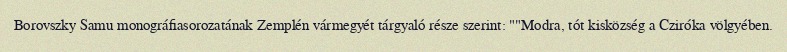
Borovszky Samu monográfiasorozatának Zemplén vármegyét tárgyaló része szerint: ""Modra, tót kisközség a Cziróka völgyében.